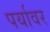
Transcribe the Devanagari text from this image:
पर्यावर